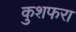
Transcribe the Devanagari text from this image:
कुशफरा